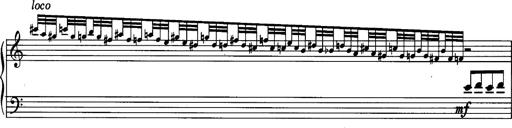
Title: La romanesca
Composer: Franz Liszt